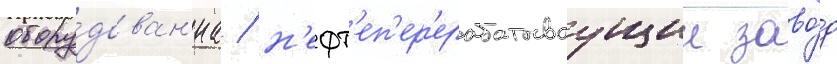
обору́дован'иа / н'ефт'еп'ер'ерабатываущии заво́д